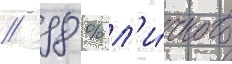
// 98 % л'и́чного